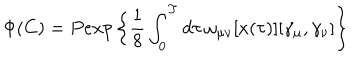
\Phi ( C ) = P e x p \left\{ \frac { 1 } { 8 } \int _ { 0 } ^ { T } d \tau \, \omega _ { \mu \nu } [ x ( \tau ) ] [ \gamma _ { \mu } , \gamma _ { \nu } ] \right\}